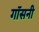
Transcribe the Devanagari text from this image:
गॉसनी